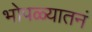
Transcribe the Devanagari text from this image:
भोपळ्यातनं